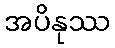
အပိနုဿ